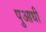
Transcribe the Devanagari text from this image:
पुआधी